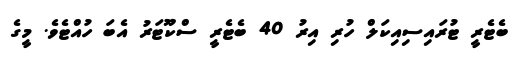
ބެޓެރީ ޓުރައިސިއިކަލް ހުރި އިރު 40 ބެޓެރީ ސްކޫޓަރު އެބަ ހުއްޓެވެ. މީގެ